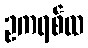
ဥကရစ်ထ